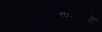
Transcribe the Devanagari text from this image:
राज्यकालावधी